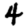
Digit: 4